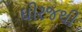
ઘીરજથી